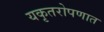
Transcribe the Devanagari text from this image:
यकृतरोपणात